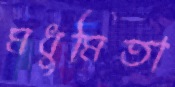
মধুমিতা